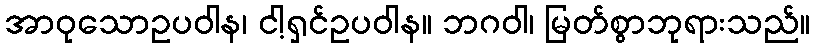
အာဝုသောဥပဝါန၊ ငါ့ရှင်ဥပဝါန။ ဘဂဝါ၊ မြတ်စွာဘုရားသည်။